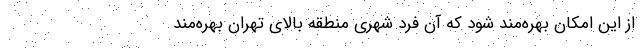
از این امکان بهره‌مند شود که آن فرد شهری منطقه بالای تهران بهره‌مند